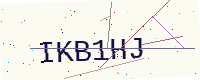
Text: IKB1HJ